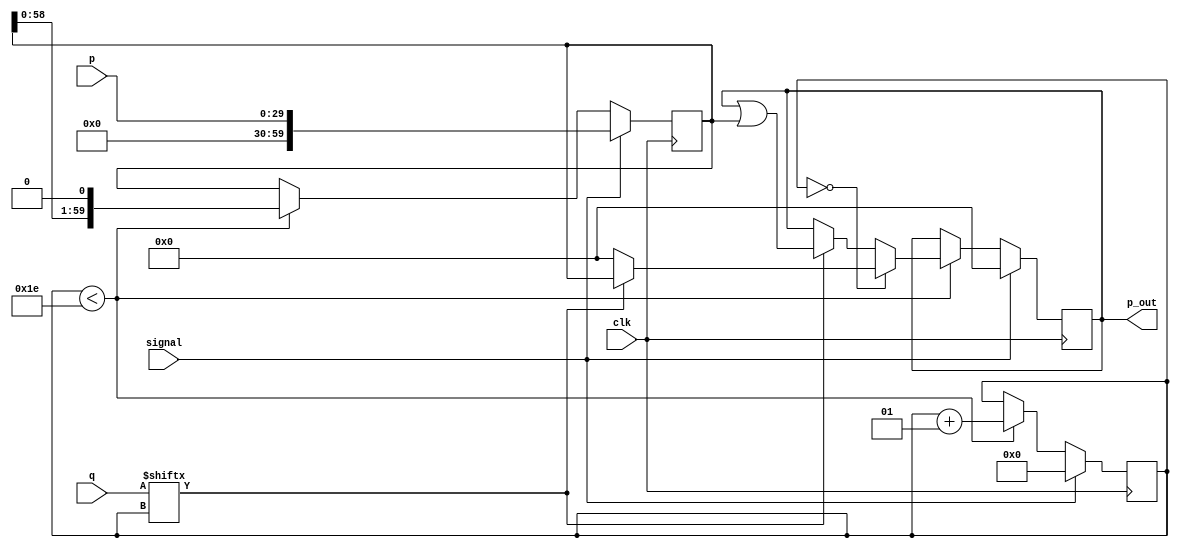
module multiplication_unit(p,q,clk,signal,p_out);
parameter n = 30;   //Parameter for defining pattern bit length
input [n-1:0]p,q;   //Input bit sequences
input clk;          //clock
input signal;       //Activation signal
output reg [2*n-1:0]p_out;  //Output register
integer i;          //Integer to keep count
reg [(2*n-1):0]t;   //Temporary register for shifting


always @(posedge clk)
    //High signal is acting as reset
    if(signal==1)
        begin
        i = 0;
        t = p;
        p_out = 0;
        end
    else
        begin
        if(i<n)
            begin
            //On first iteration, we need to set the value of p_out to begin
            if(i==0)
                if(q[i]==0)
                    p_out=0;
                else
                    p_out = t;
            else if(q[i]==1)
                p_out = p_out|t;    //Bitwise OR to get the matches
            else
                p_out = p_out;
            t = t<<1;       //Shifting of t
            i = i+1;        //Increasing the counter i
            end
        end
endmodule